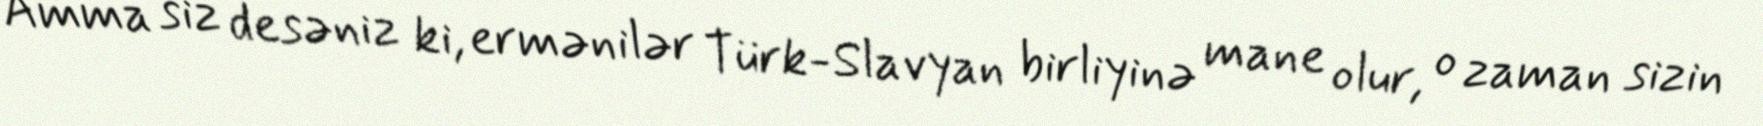
Amma siz desəniz ki, ermənilər Türk-Slavyan birliyinə mane olur, o zaman sizin